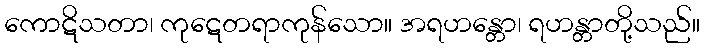
ကောဋိသတာ၊ ကုဋေတရာကုန်သော။ အရဟန္တော၊ ရဟန္တာတို့သည်။